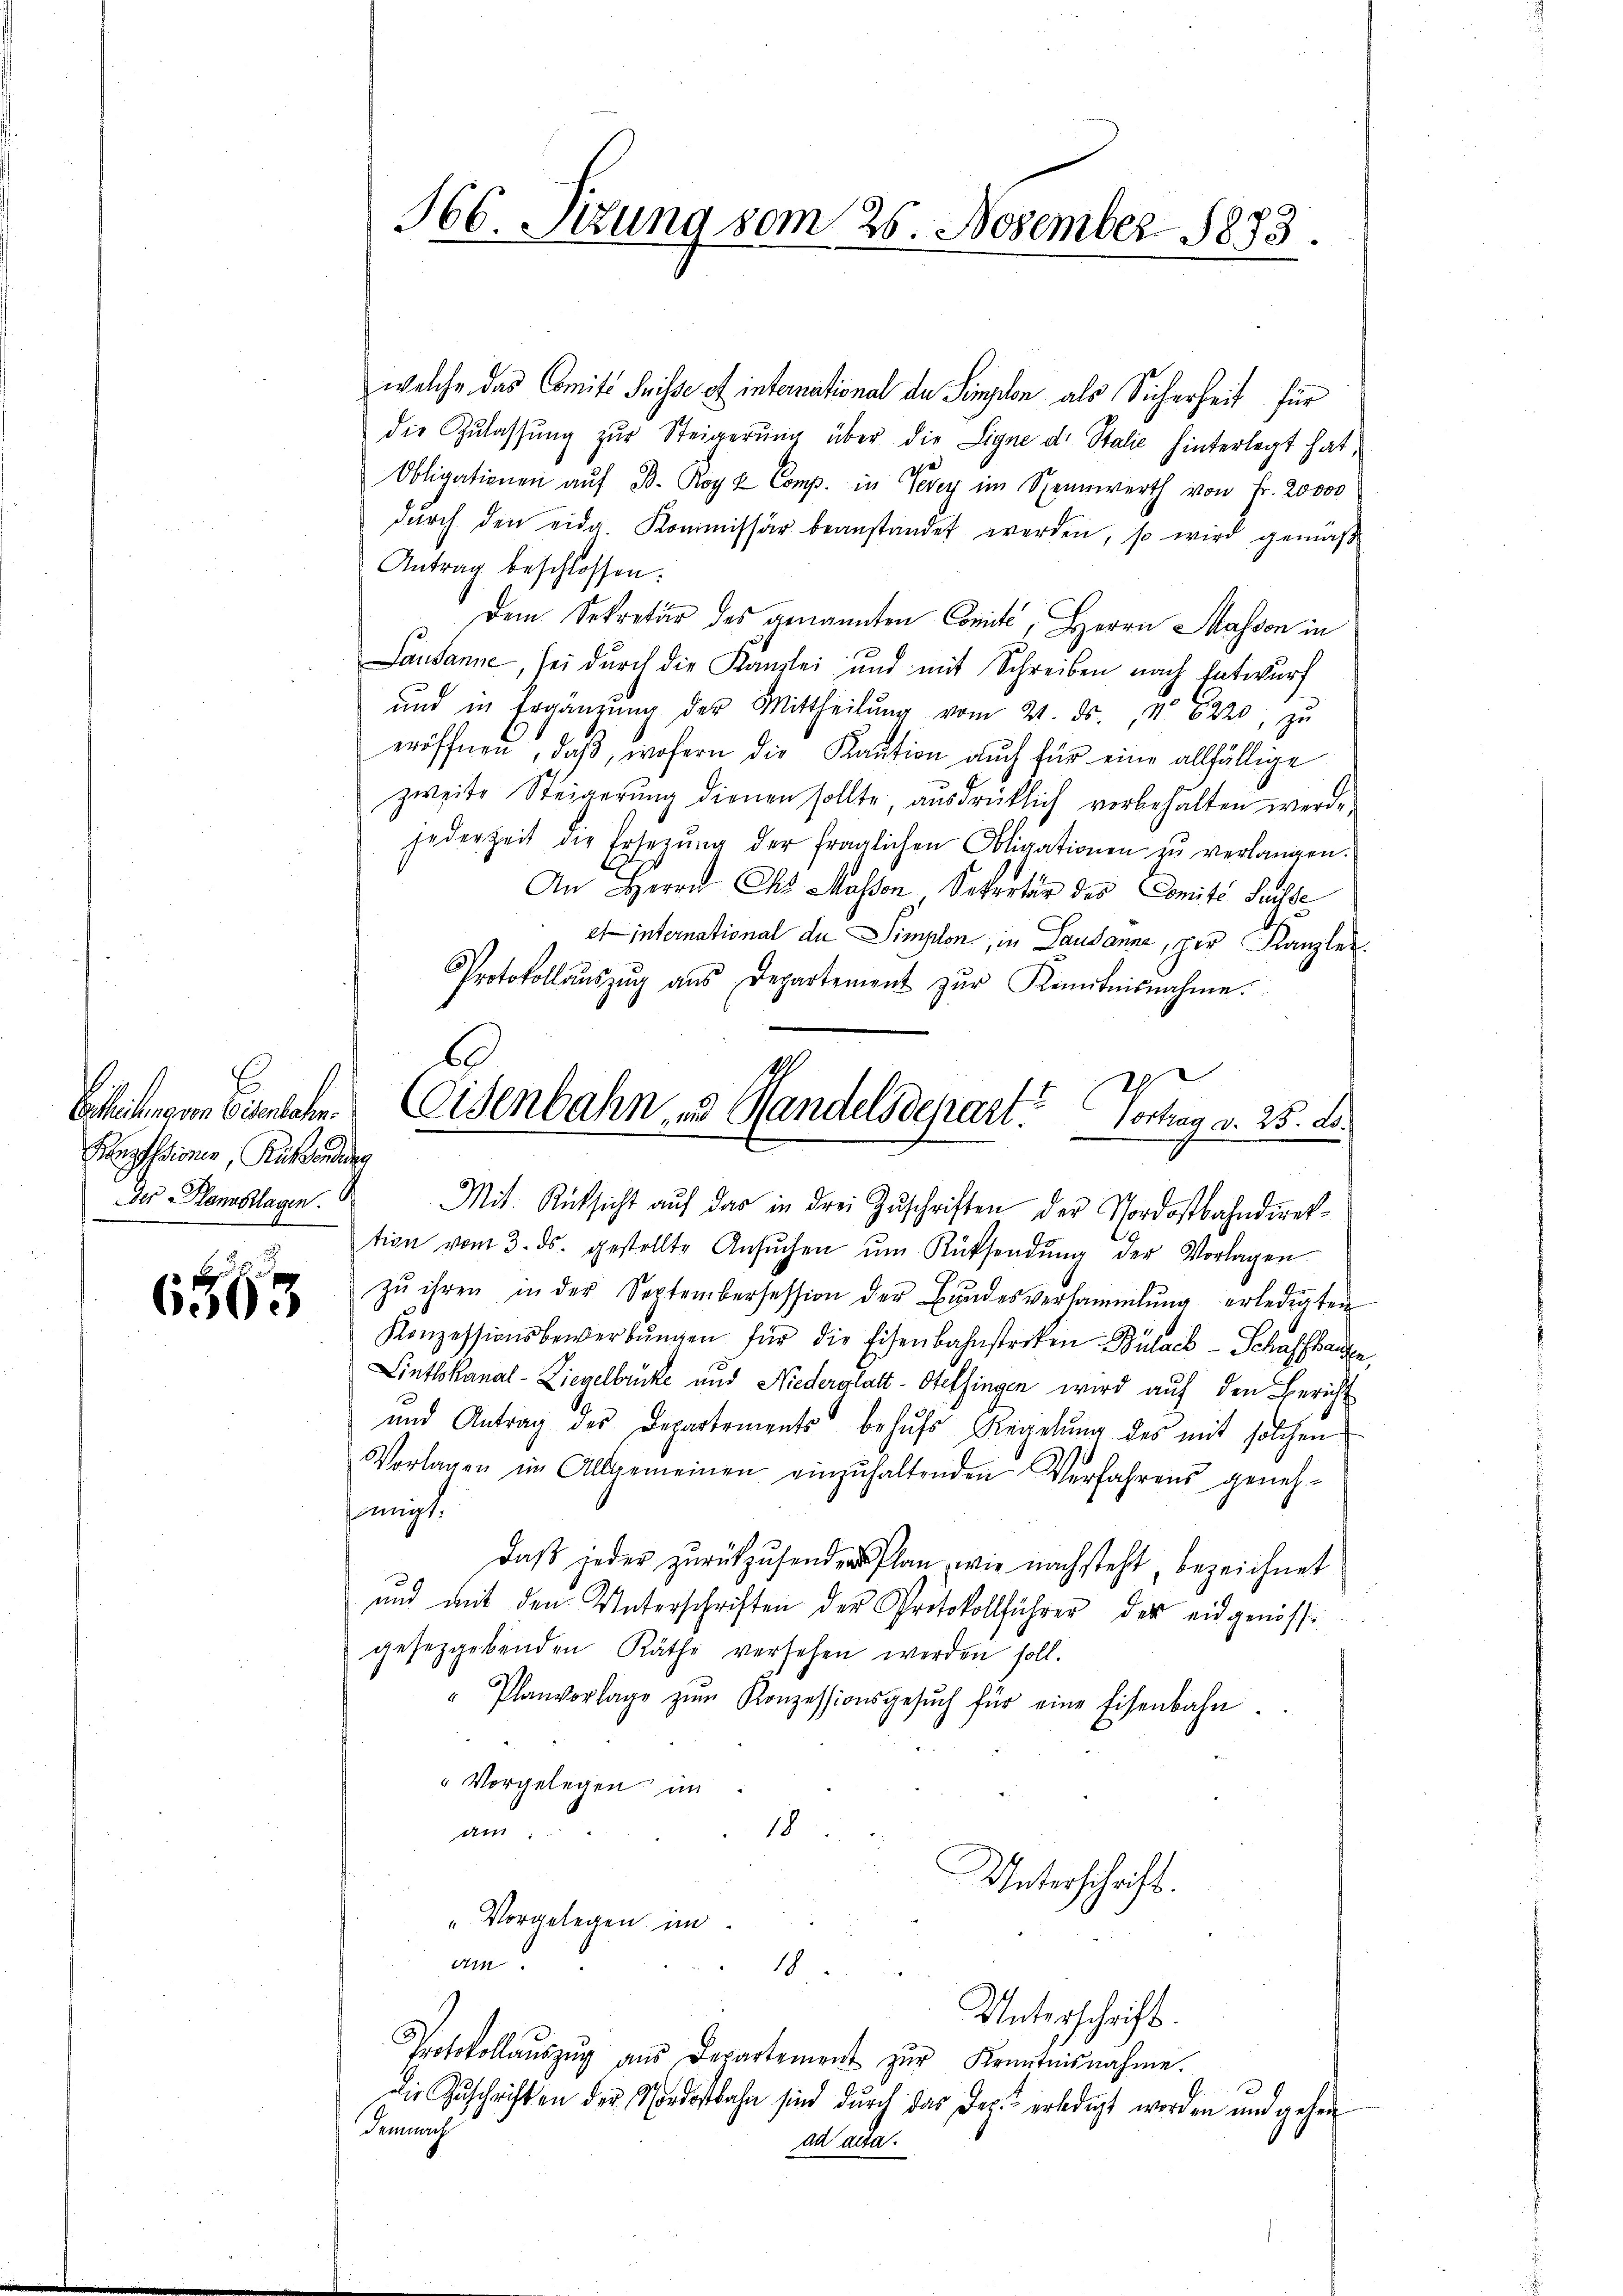
Hauptstionen, Kuh oder
Der Mannsklagen.

6563

welche das Comité Suisse et international da Simplon als Sicherheit für
die Zŭlassŭng zŭr Steigerŭng über die Ligne d. Stalie hinterlegt hat,
Obligationen auf B. Roy & Comp. in Vevey im Spannwerth von Fr. 20000
dŭrch den eidg. Kommissär beanstandet werden, so wird gemäß
Antrag beschlossen:
Dem Sekretär des genannten Comite, Herrn Massen in
Lausanne, sei durch die Kanzlei und mit Schreiben nach Entwurf
und in Ergänzŭng der Mittheilŭng vom 21. ds., No 6220, zu
eröffnen, daß, wofern die Kaution auch für eine allfällige
zweite Steigerŭng dienen sollte, ausdrücklich vorbehalten werde,
jederzeit die Ersetzŭng der fraglichen Obligationen zŭ verlangen.
An Herrn Chr Massen Sekretär des Comité Suisse
einternational de Simplon, in Lausanne, per Kanzler
Protokoll aŭszŭg ans Departement zŭr Kenntnisnahme.
tion vom 3. ds. gestellte Ansŭchen ŭm Rücksendŭng der Vorlagen.
zŭ ihren in der Septembersession der Bŭndesversammlung erledigten
Konzessionsbewerbŭngen für die Eisenbahnstriken Bülach–Schaffhausen
Linthskanal-Liegelbrücke und Niederglatt - Otelfingen wird auf den Bericht
e
und Antrag des Departements behufs Regelung des mit solchen
Vorlagen im Allgemeinen einzŭhaltenden Verfahrens geneh-
migt.
Daß jeder zurückzusenden Plan, wie nachsteht, bezeichnet
und mit den Unterschriften der Protokollführer der eidgenössigesetzgebenden Räthe versehen werden soll.
" Planvorlage zŭm Konzessionsgesŭch für eine Eisenbahn.
" vorgelegen im
18
am.
Unterschrift.
„Vorgelegen im
am
18
Unterschrift.
Protokollaŭszŭg aŭs Departement zŭr Kenntnisnahme.
Die Zuschriften der Nordostbahn sind durch das Dez. erledigt worden und gehen
Demnach
ad acta.

566. Sizung vom 25. November 1873.

6
1.
ge
Betheilungen Eisenbahn. Eisenbahn, und Handelsdepart? sothan v. 25. A
Mit Rücksicht aŭf das in drei Zŭschriften der Vordostbahndirek¬